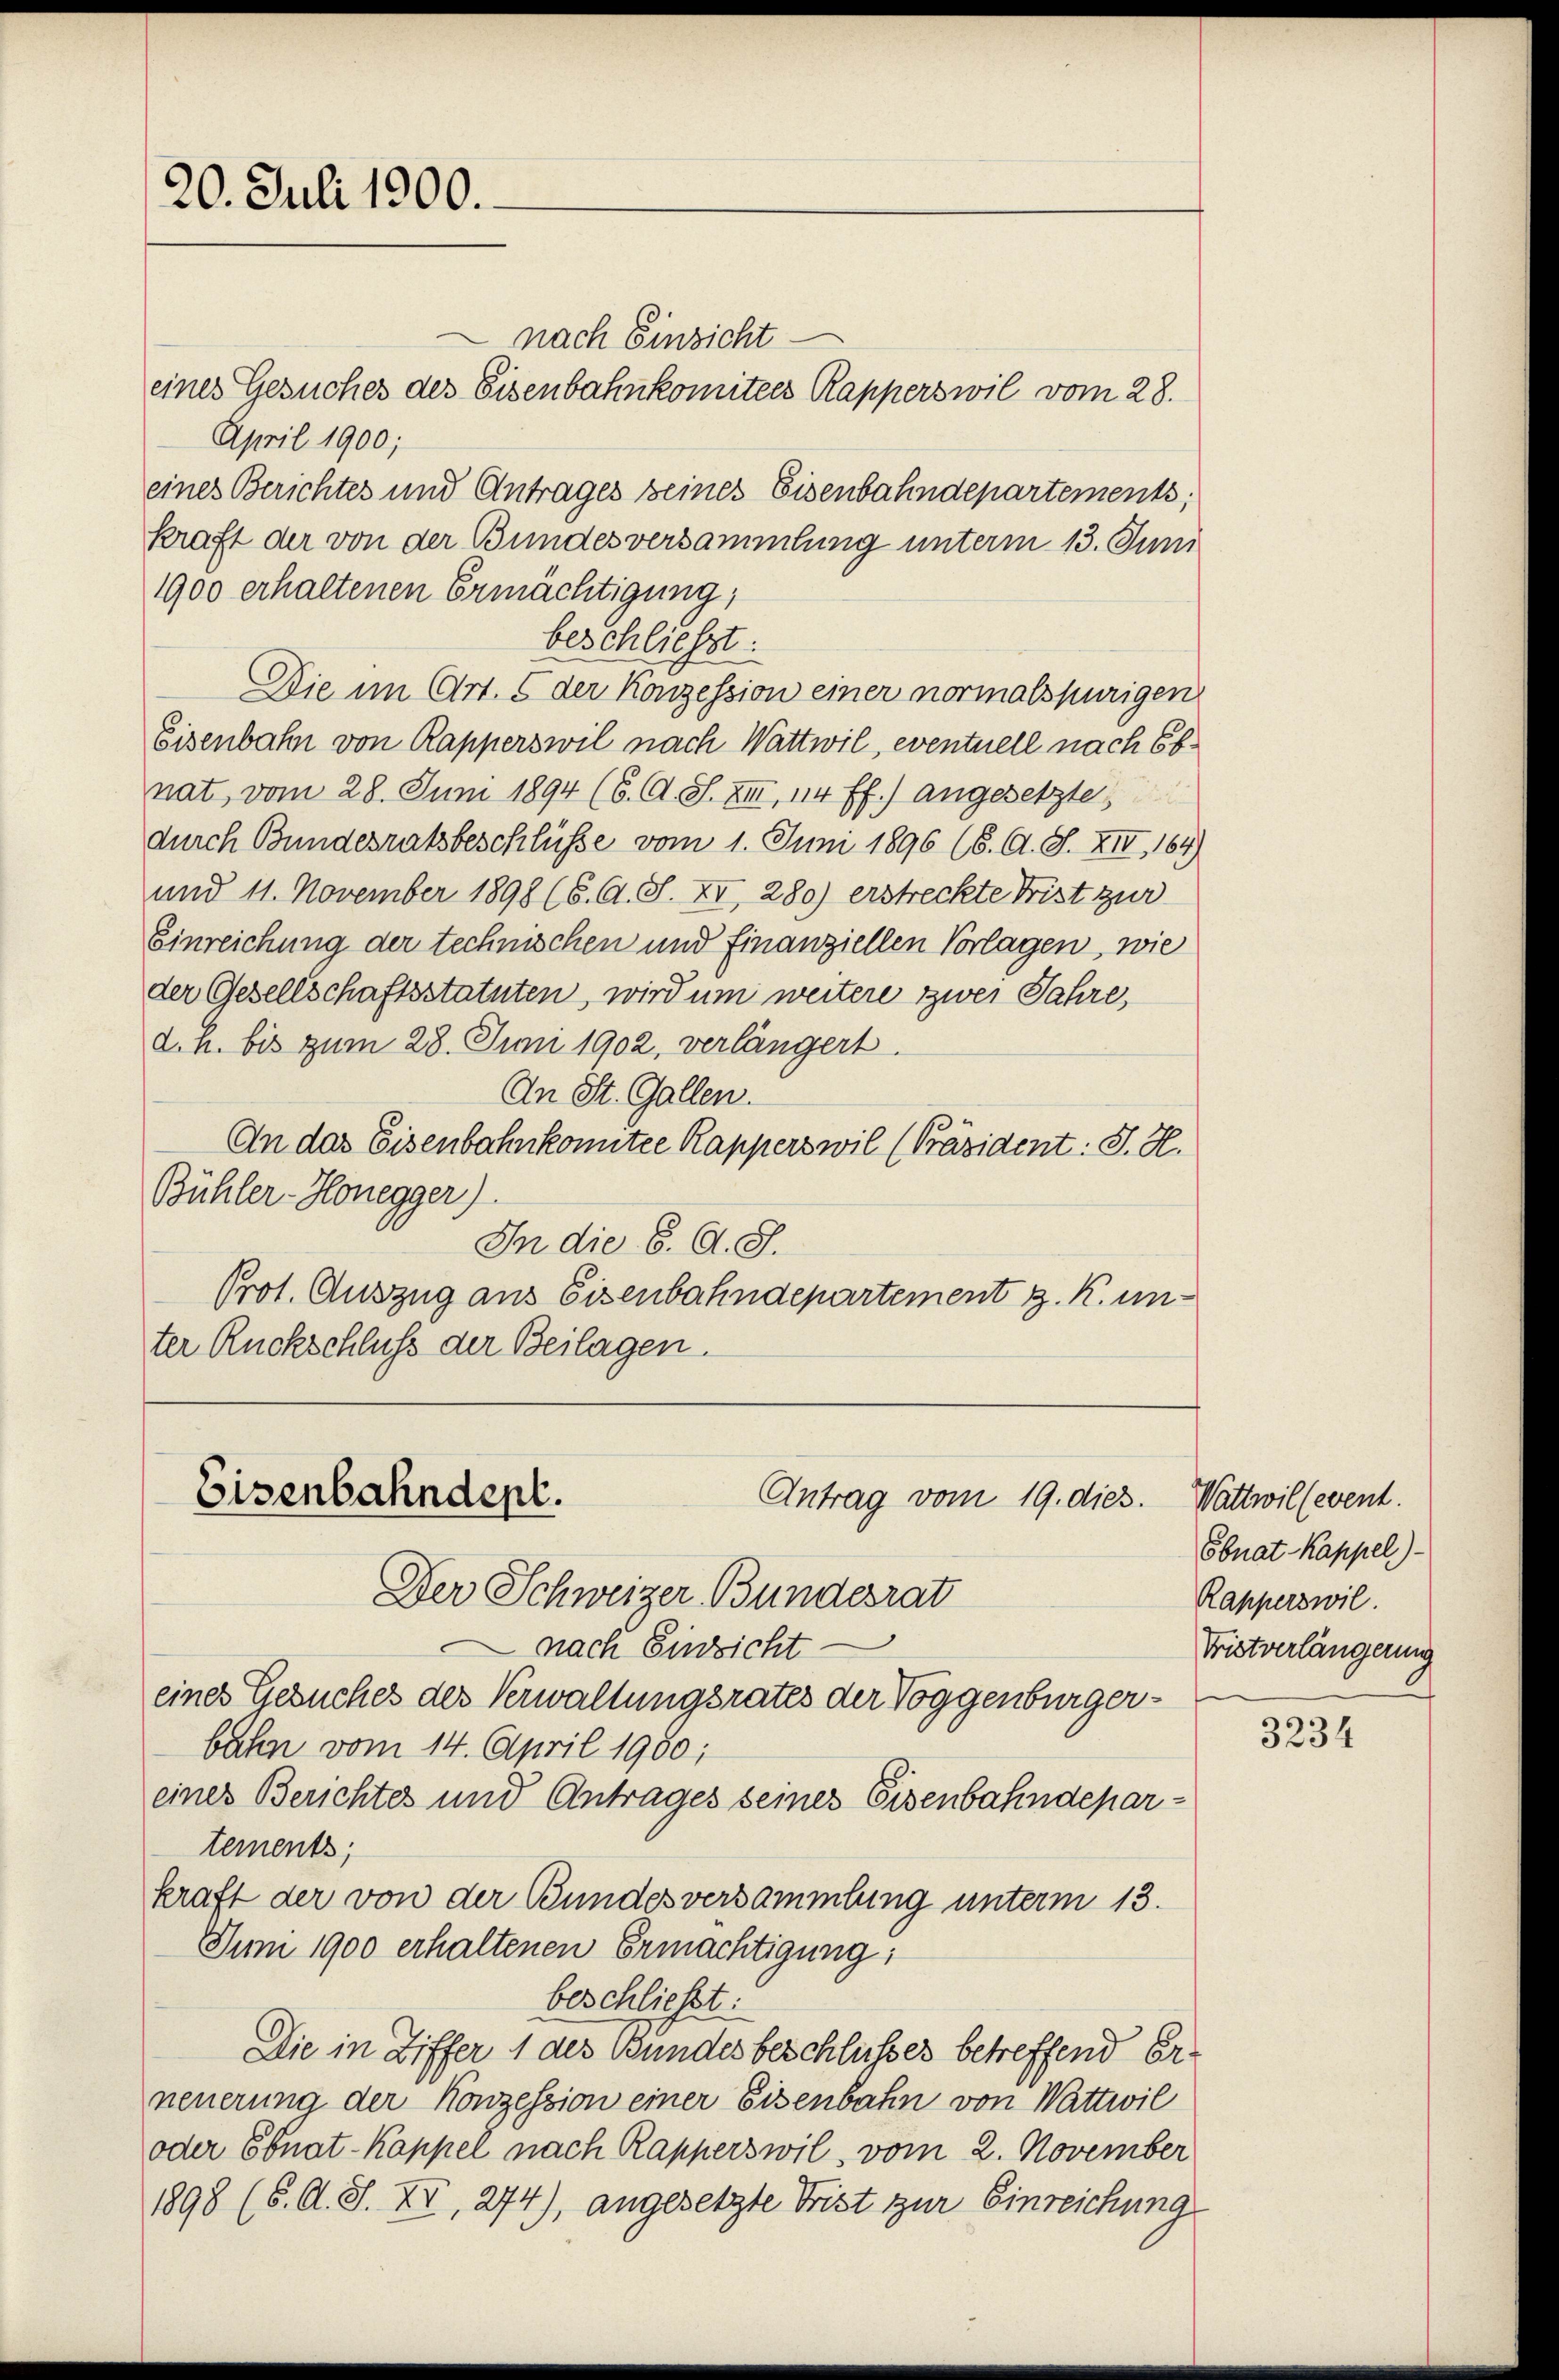
20. Juli 1900.

nach Einsicht
eines Gesuches des Eisenbahnkomitees Rapperswil vom 28.
April 1900;
eines Berichtes und Antrages seines Eisenbahndepartements;
kraft der von der Bundesversammlung unterm 13. Juni
1900 erhaltenen Ermächtigung,
beschliesst:
Die im Art. 5 der Konzession einer normalspurigen
Eisenbahn von Rapperswil nach Wattwil, eventuell nach Ebnat, vom 28. Juni 1894 (6. A. S. III, 114 ff.) angesetzte
durch Bundesratsbeschlüsse vom 1. Juni 1896 (8. A. S. XIII, 164)
und 11. November 1898 (6. A. S. XI, 280) erstreckte Frist zur
Einreichung der technischen und finanziellen Vorlagen, wie
der Gesellschaftsstatuten, wird um weitere zwei Jahre,
d. h. bis zum 28. Juni 1902, verlängert.
An St. Gallen.
An das Eisenbahnkomitee Kapperswil (Präsident: J. H.
Bühler-Honegger).
In die 6. A. S.
Prot. Auszug aus Eisenbahndepartement z. K. un-
ter Rückschluß der Beilagen.

nach Einzicht
eines Gesuches des Verwaltungsrates der Toggenburgerbahn vom 14. April 1950;
eines Berichtes und Antrages seines Eisenbahndepartements,
kraft der von der Bundesversammlung unterm 13.
Jum 1900 erhaltenen Ermächtigung;
beschließt:
Die in Ziffer 1 des Bundesbeschlusses betreffend Erneuerung der Konzession einer Eisenbahn von Wattwil
oder Ebnat-Kappel nach Rapperswil, vom 2. November
1898 (S. O. S. XV, 274), angesetzte Frist zur Einreichung

Antrag vom 19. dies.
Eisenbahndept.
Der Schweizer Bundesrat

Wattwil (event.
Ebnat Kappel)
Rapperswil
Fristverlängerung

3234